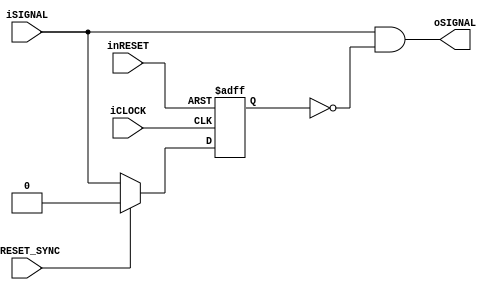

`default_nettype none

module uart_async2sync #(
		parameter N = 1
	)(
		input wire iCLOCK,
		input wire inRESET,
		input wire iRESET_SYNC,
		//Ena-Signal
		input wire [N-1:0] iSIGNAL,
		output wire [N-1:0] oSIGNAL
	);
	
	reg [N-1:0] b_buffer;
	
	always@(posedge iCLOCK or negedge inRESET)begin
		if(!inRESET)begin
			b_buffer <= {N{1'b0}};
		end
		else if(iRESET_SYNC)begin
			b_buffer <= {N{1'b0}};
		end
		else begin
			b_buffer <= iSIGNAL;
		end
	end
	
	assign oSIGNAL = iSIGNAL & ~b_buffer;
	
endmodule

`default_nettype wire